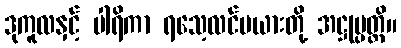
ဒုကူလနှင့် ပါရိကာ ရသေ့လင်မယားတို့ အဋ္ဌုပ္ပတ္တိ။